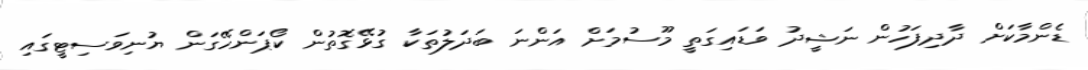
ޑެންމާކަށް ދާދިފަހުން ނަޝީދު ވަޑައިގަތީ މޫސުމަށް އަންނަ ބަދަލުތަކާ ގުޅޭގޮތުން ކޯޕަންހޭގަން ޔުނިވަސިޓީގައި